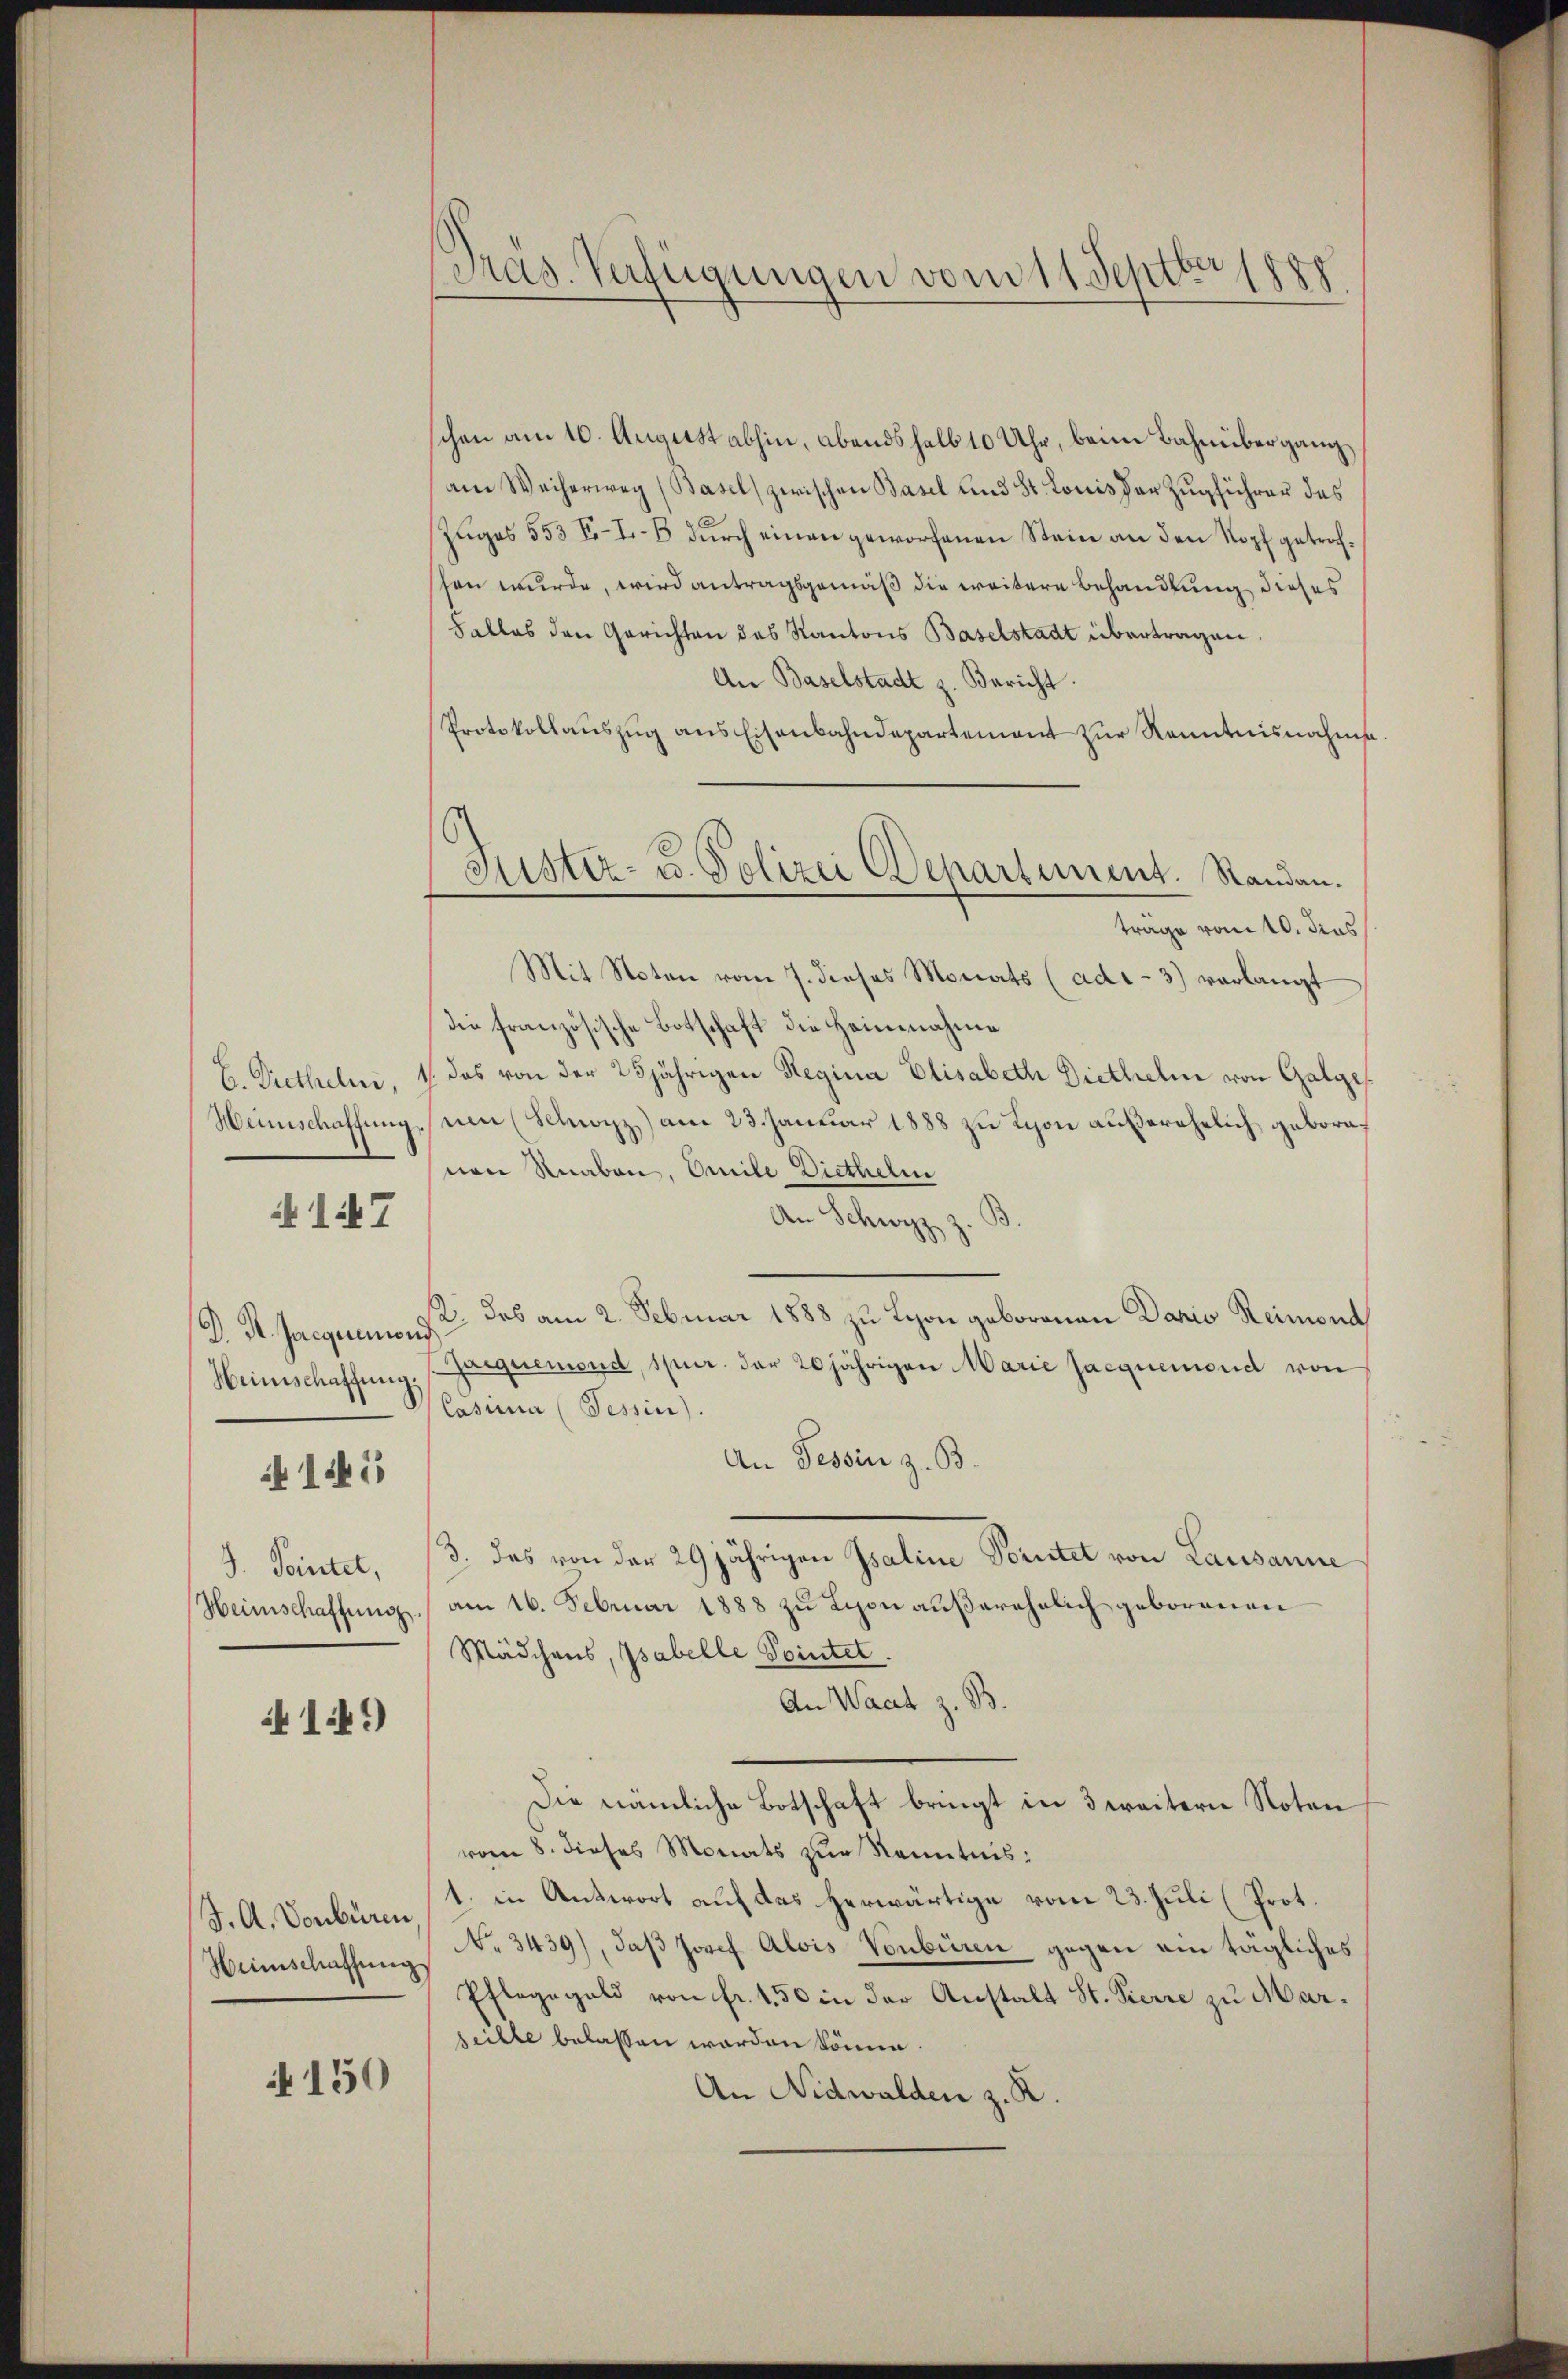
147

D. St. Jacquiemond

111

141)

chen am 10. August abhin, Abends halb 10 Uhr, beim Bahnübergangam Weiherweg (Basel zwischen Basel und St. Louis der Zugführer des
Zuges 553 Fo-I.-8 durch einen geworfenen Stein an den Kopf getrofsen wurde, wird antragsgemäß die weitere Behandlung dieses
Falles den Gerichten des Kantons Baselstadt übertragen.
An Baselstadt z. Bericht.
Protokollaŭszŭg ans Eisenbahndepartement zŭr Kenntnisnahms
träge vom 10. dies
Mit Noten vom 7. dieses Monats (ad.- 3) verlangt
die französische Botschaft die Heinnahme
B. Diethelm, 1. das von der 25jährigen Regina Elisabeth Diethelm von Galge
Heimschaffŭng um (Schnorz) am 23. Januar 1888 zu Schon außerehelich gebornnen Knaben, Omile Diethelm
An Schwyz z.
12. das am 2. Februar 1888 zu Lyon geborenen Dario Reimona
Heimschaffŭng, Gargeremond, spur. der 20jährigen Marie Jacquemend von
Casina (Tessin.
An Tessin z. B.
J. Pointet, 13. das von der 29 jährigen Isaline Voristet von Lausanne
Heimschaffung am 16. Februar 1888 zŭ Lion aŭβerehelich geborenen
Mädchens, Psabelle Pointet.
An Waat z. B.
Die nämliche Botschaft bringt in 3 weitern Noten
vom 8. dieses Monats zŭr Kenntnis:
1. in Antwort auf das herwärtige vom 23. Juli (Prot.
No 3439), daß Josef Alois Vonbüren gegen ein tägliches
Pfleggeld von fr. 450 in der Anstalt St. Pierre zu Marseille belassen worden könne.
A 150
An Nidwalden z. R

J. A. Vonbüren.
Heimschaffung.

Präs. Verfügungen vom 11. Septbr 188

Jüster- u. Polizei Departement. Standau.